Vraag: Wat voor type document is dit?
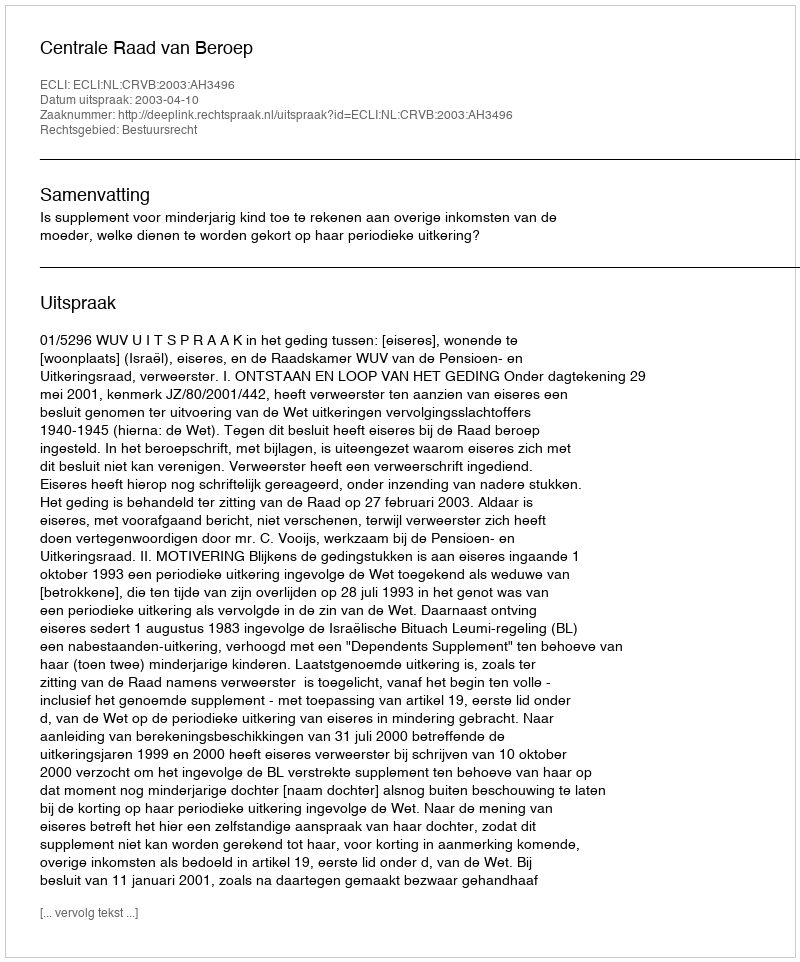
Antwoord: Uitspraak